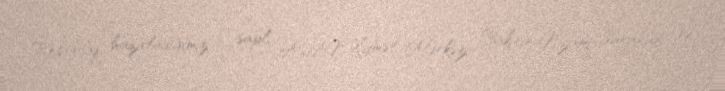
Reportaj hazırladığımız 2 saylı ASAN Xidmət Mərkəzi Bakının Nizami, Suraxanı və